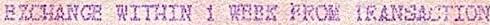
EXCHANGE WITHIN 1 WEEK FROM TRANSACTION